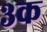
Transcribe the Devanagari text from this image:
३क